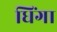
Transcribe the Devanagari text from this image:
धिंगा